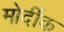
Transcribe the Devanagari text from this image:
मोर्दीक